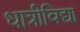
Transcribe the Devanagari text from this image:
धात्रीविद्या